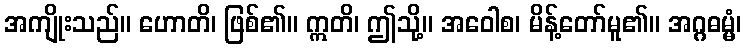
အကျိုးသည်။ ဟောတိ၊ ဖြစ်၏။ ဣတိ၊ ဤသို့။ အဝေါစ၊ မိန့်တော်မူ၏။ အဂ္ဂဓမ္မံ၊